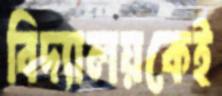
বিদ্যালয়কেই